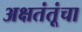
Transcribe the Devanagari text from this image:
अक्षतंतूंचा